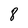
Character: 8